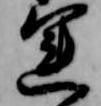
運